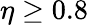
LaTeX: \eta\geq 0.8